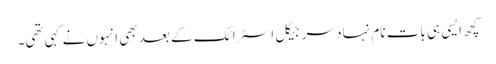
کچھ ایسی ہی بات نام نہاد سرجیکل اسٹرائک کے بعد بھی انہوں نے کہی تھی۔